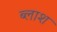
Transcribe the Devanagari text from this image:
ब्लाश